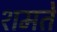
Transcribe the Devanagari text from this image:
शमते